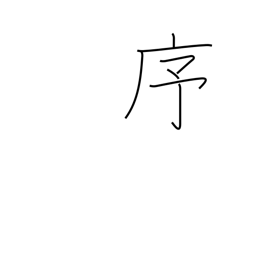
Meaning: order